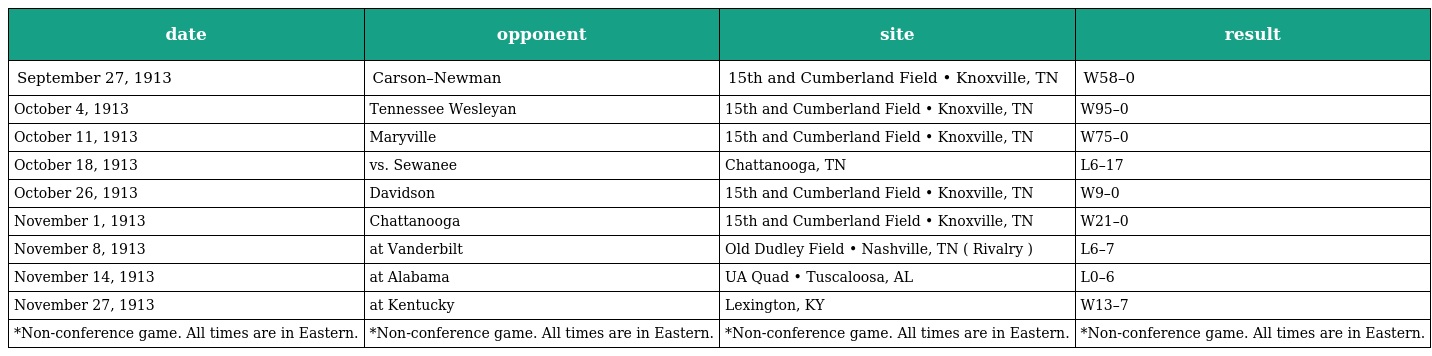
| date | opponent | site | result |
 | --- | --- | --- | --- |
 | September 27, 1913 | Carson–Newman | 15th and Cumberland Field • Knoxville, TN | W58–0 |
 | October 4, 1913 | Tennessee Wesleyan | 15th and Cumberland Field • Knoxville, TN | W95–0 |
 | October 11, 1913 | Maryville | 15th and Cumberland Field • Knoxville, TN | W75–0 |
 | October 18, 1913 | vs. Sewanee | Chattanooga, TN | L6–17 |
 | October 26, 1913 | Davidson | 15th and Cumberland Field • Knoxville, TN | W9–0 |
 | November 1, 1913 | Chattanooga | 15th and Cumberland Field • Knoxville, TN | W21–0 |
 | November 8, 1913 | at Vanderbilt | Old Dudley Field • Nashville, TN ( Rivalry ) | L6–7 |
 | November 14, 1913 | at Alabama | UA Quad • Tuscaloosa, AL | L0–6 |
 | November 27, 1913 | at Kentucky | Lexington, KY | W13–7 |
 | *Non-conference game. All times are in Eastern. | *Non-conference game. All times are in Eastern. | *Non-conference game. All times are in Eastern. | *Non-conference game. All times are in Eastern. |